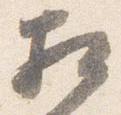
相